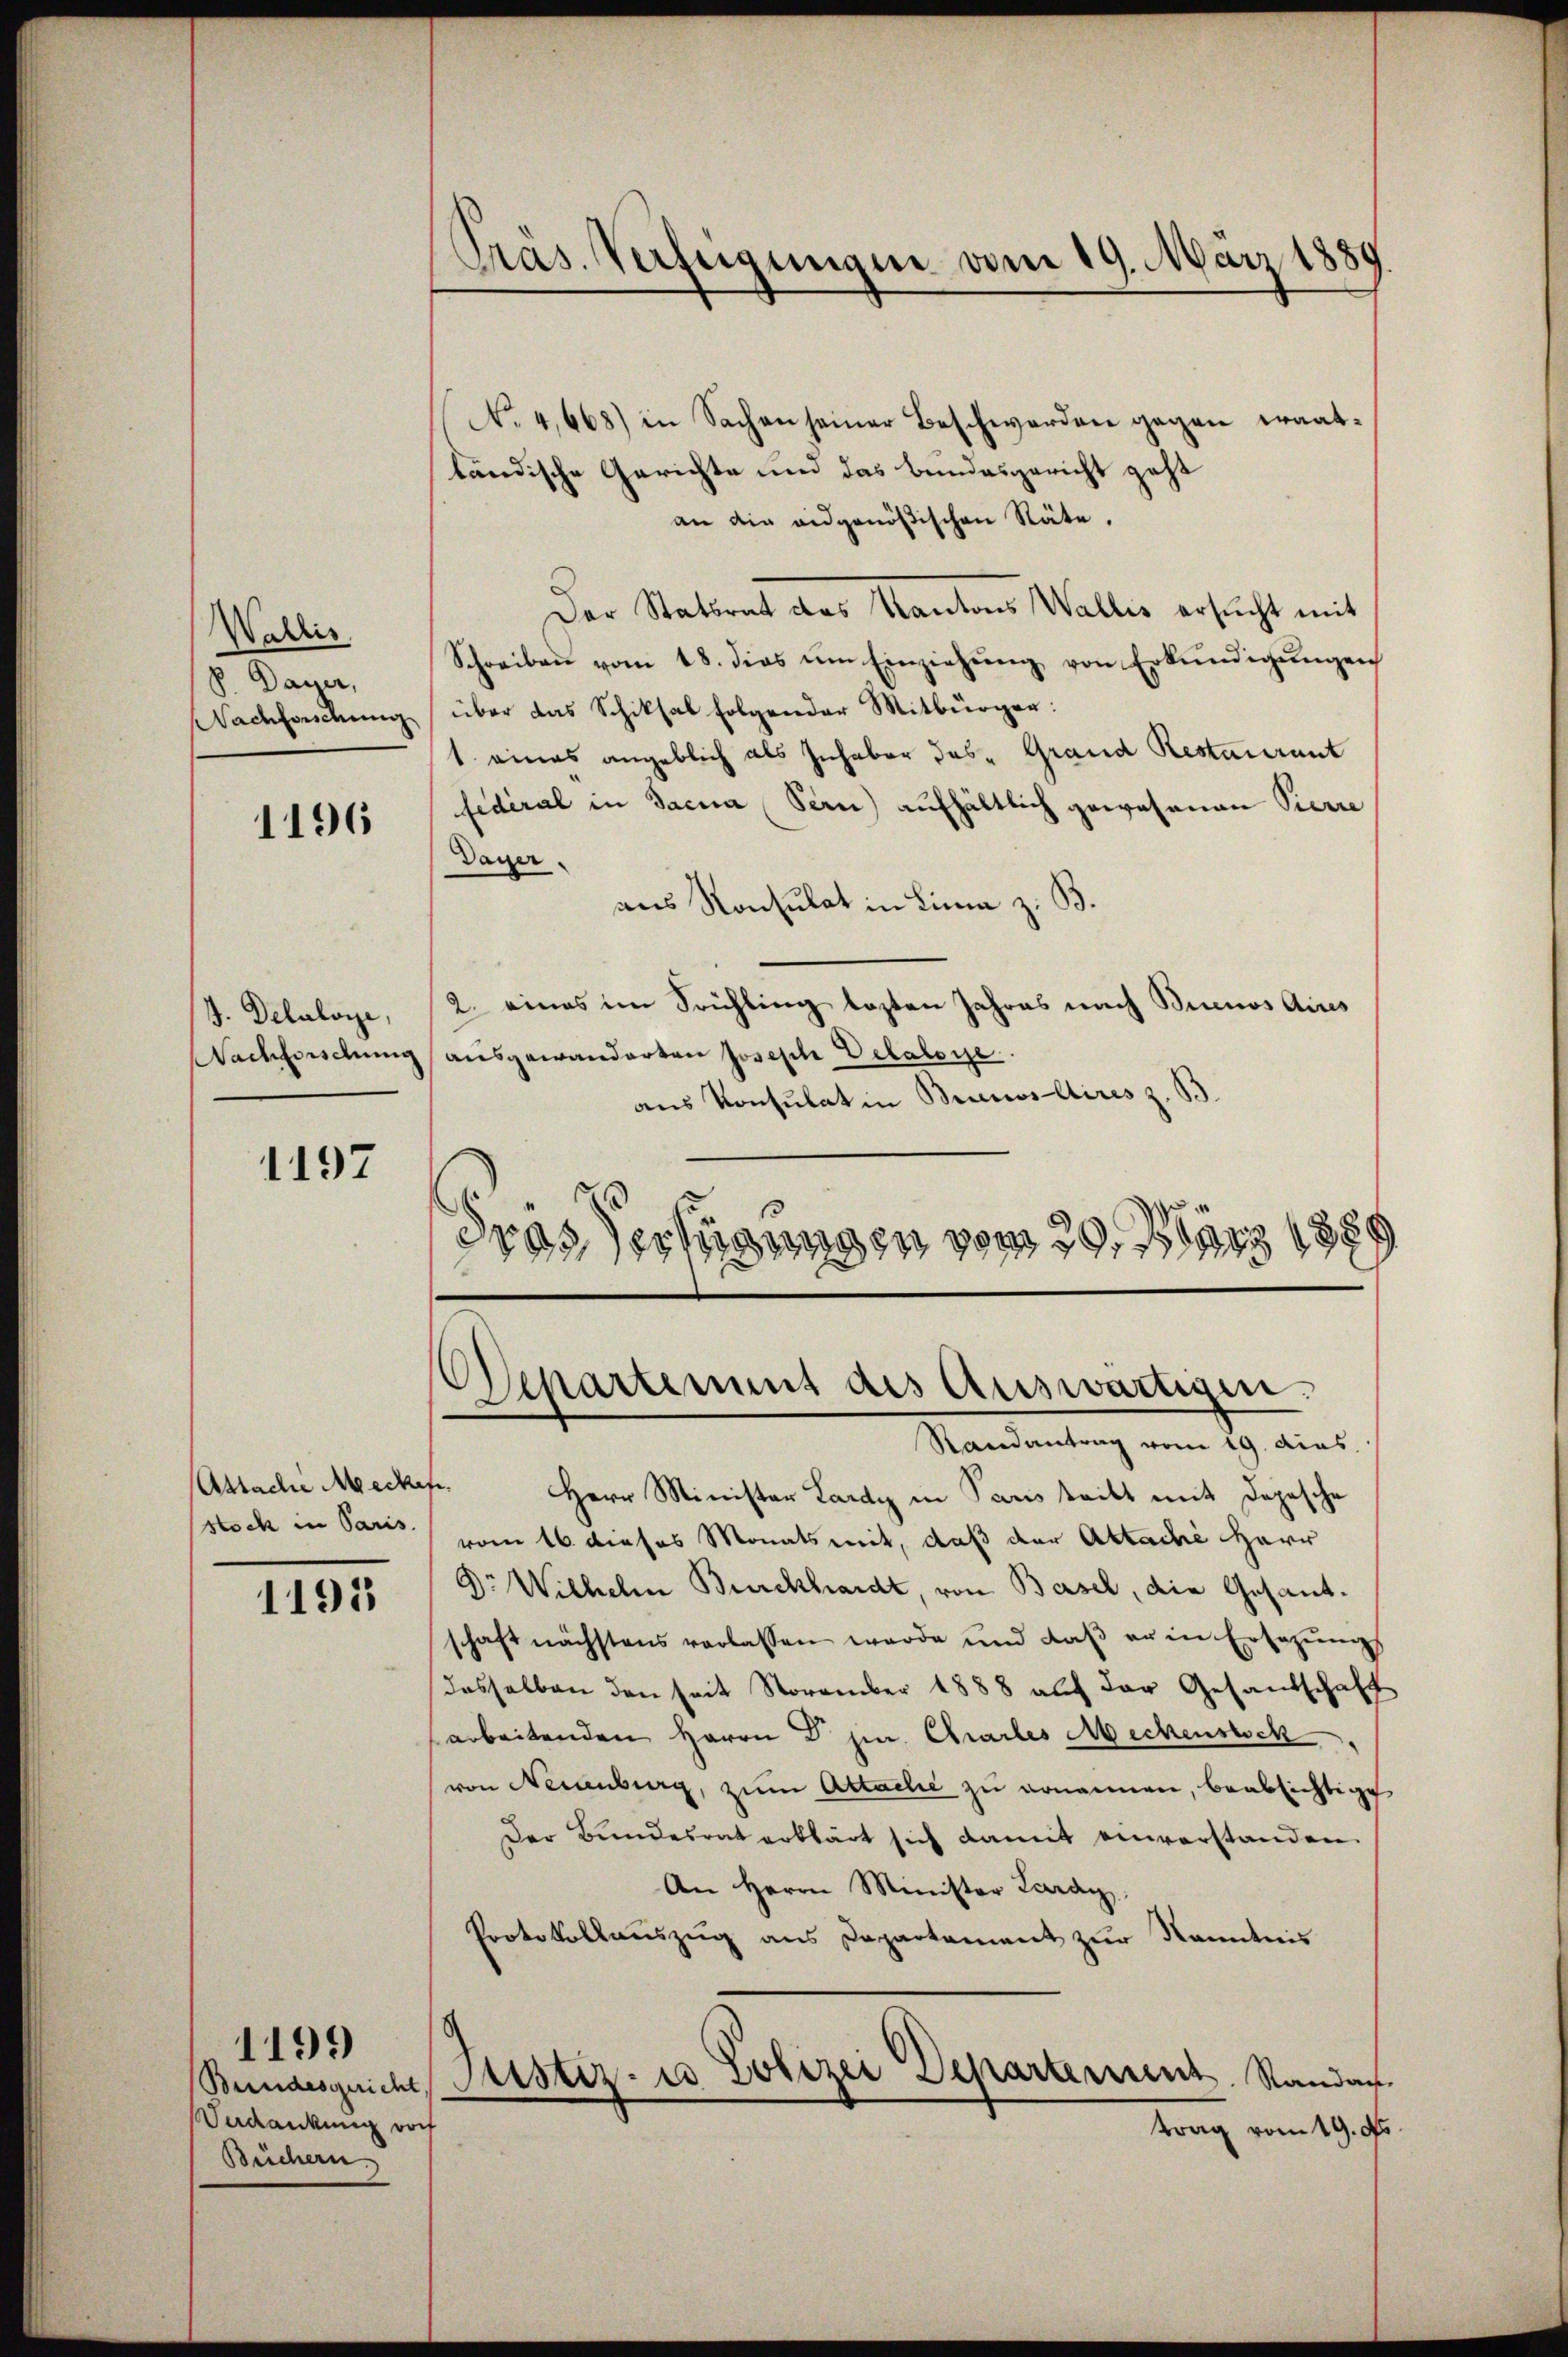
Wallis
S. Dayer,
Nachforschung

1196

J. Delaloge,
Nachforschung

497

Assache Meckes.
stock in Paris.

1195

Verdankung von
Beichern.

1199

Präs. Verfügungen vom 19. März 1889.

No. 4,668) in Sachen seiner Beschwerden gegen Fraatländische Gerichte und das Bundesgericht geht
an die eidgenößischen Stäte.
Der Statsrat des Kantons Wallis ersucht mit
Schreiben vom 18. dies ŭm Einziehŭng von Erkŭndigŭngen
über das Schiksal folgender Mitbürger:
1 eines angeblich als Inhaber das Grand Restaurant
fidéral in Sacra Sern) aufhältlich gewesenen Pierre
Dayer.
aus Konsulat in Lina z. B.
2. eines im Sichling lasten Jahres nach Buenos Aires
ausgewanderten Joseph Pelabore
aus Konsulat in Brunvollires z. B.
Gras Verfügungen vom 29. März 188

Randantrag vom 19. dies
Herr Minister Lardy in Paris teilt mit Depesche
vom 16. dieses Monatsmit, daß der Aktache Herr
Dr Wilhelm Burckhardt, von Basel, die Gesant.
schaft nächstens verlassen werde und daβ er in Ersatŭng
dasselben den seit November 1888 auf der Gesandschaft
arbeitenden Herrn Dr. pr. Chartes Meckenstsch
von Neuenburg, zum Attache zu ernannen, beabsichtige
Der Bundesrat erklärt sich damit einverstanden.
An Herrn Minister Zaray.
Protokollauszug aus Departement zur Kenntnis
Bundesgricht, Justiz- u Polizei Departement. Sandau.
trag vom 19. ds.

Departement des Auswärtigen.